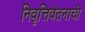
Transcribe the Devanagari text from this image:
निवृत्तिवेतनाची